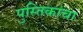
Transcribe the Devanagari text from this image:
पुस्तिकांचा